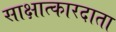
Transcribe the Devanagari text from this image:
साक्षात्कारदाता